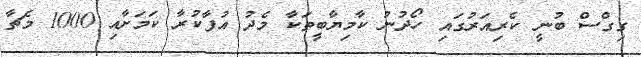
ގިގްސް ބުނީ ކެރިއަރުގައި ހޯދުނު ކާމިޔާބީތަކާ މެދު އުފާކުރާ ކަމަށާއި 1000 މެޗާ